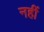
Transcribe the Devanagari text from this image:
नहीं